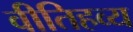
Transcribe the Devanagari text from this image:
वीतिहव्य